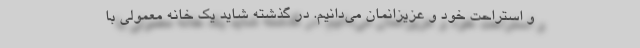
و استراحت خود و عزیزانمان می‌دانیم. در گذشته شاید یک خانه معمولی با